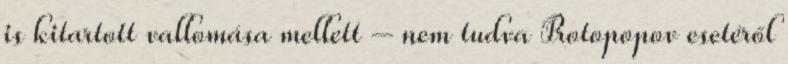
is kitartott vallomása mellett – nem tudva Protopopov esetéről